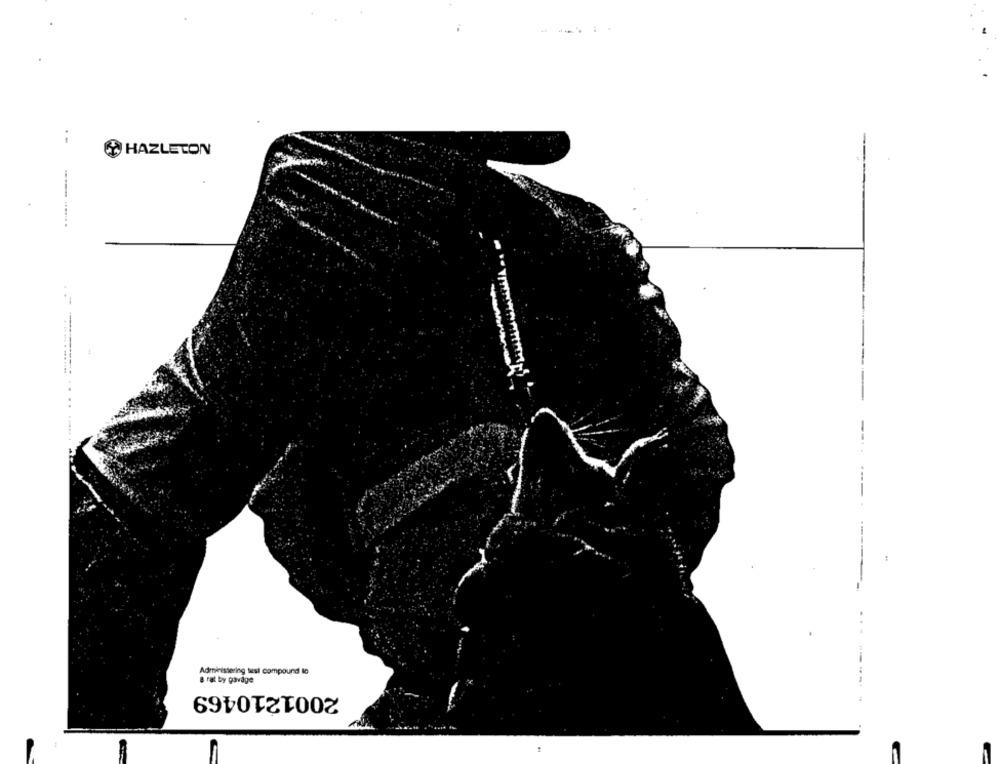
--
HAZLETON
-----
Administering test compound lo
a rat by gavage
2001210469